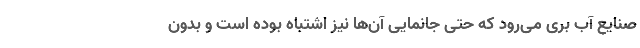
صنایع آب بری می‌رود که حتی جانمایی آن‌ها نیز اشتباه بوده است و بدون